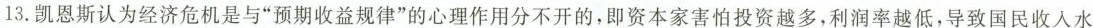
13.凯恩斯认为经济危机是与”预期收益规律”的心理作用分不开的，即资本家害怕投资越多，利润率越低，导致国民收入水